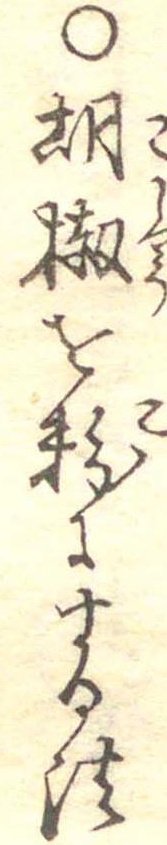
○胡椒を粉にする法